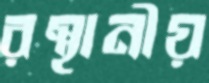
রস্থানীয়